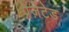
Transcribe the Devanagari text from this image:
प्रेज़ेंटेड